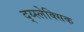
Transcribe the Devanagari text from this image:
द्य्स्लेक्सिक